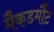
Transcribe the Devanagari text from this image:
मैकडर्मौट